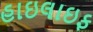
હાઇલાઇફ